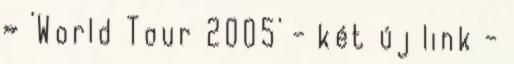
» 'World Tour 2005' - két új link -